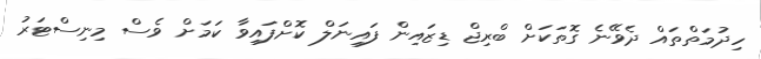
ހިދުމަތްތައް ދެވޭނެ ގޮތަކަށް ބްރިޖް ޑިޒައިން ފައިނަލް ކޮށްފައިވާ ކަމަށް ވެސް މިނިސްޓަރު